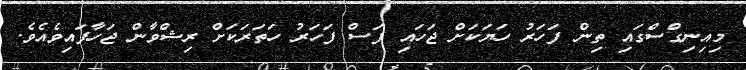
މިއިނިގްސްގައި ތިން ފަހަރު ހަޔަކަށް ޖަހައި ފަސް ފަހަރު ހަތަރަކަށް ރިޝްވާން ޖަހާފައިވެއެވެ.